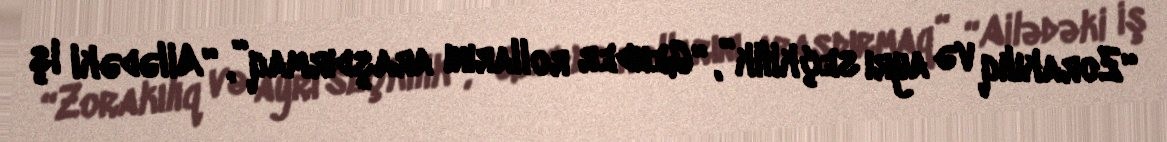
“Zorakılıq və ayrı seçkilik”, “Gender rollarını araşdırmaq”, “Ailədəki iş